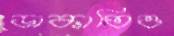
ডাকাতিও